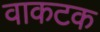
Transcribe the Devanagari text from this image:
वाकटक